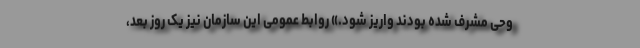
وحی مشرف شده بودند واریز شود.» روابط عمومی این سازمان نیز یک روز بعد،